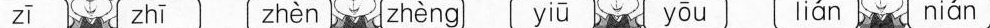
zī zhī zhèn zhèng yiū yōu lián nián